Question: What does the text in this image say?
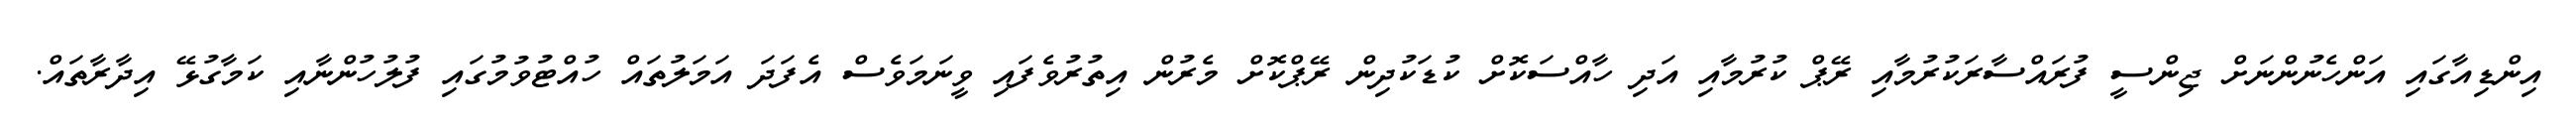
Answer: އިންޑިއާގައި އަންހެނުންނަށް ޖިންސީ ފުރައްސާރަކުރުމާއި ރޭޕް ކުރުމާއި އަދި ހާއްސަކޮށް ކުޑަކުދިން ރޭޕްކޮށް މެރުން އިތުރުވެފައި ވީނަމަވެސް އެފަދަ އަމަލުތައް ހުއްޓުވުމުގައި ފުލުހުންނާއި ކަމާގުޅޭ އިދާރާތައް.